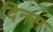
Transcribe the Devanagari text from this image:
दिनस